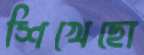
শিখেছো